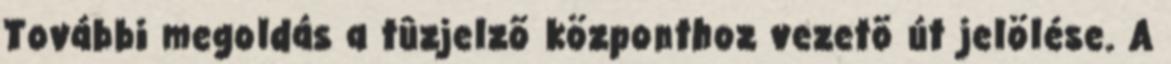
További megoldás a tûzjelzõ központhoz vezetõ út jelölése. A